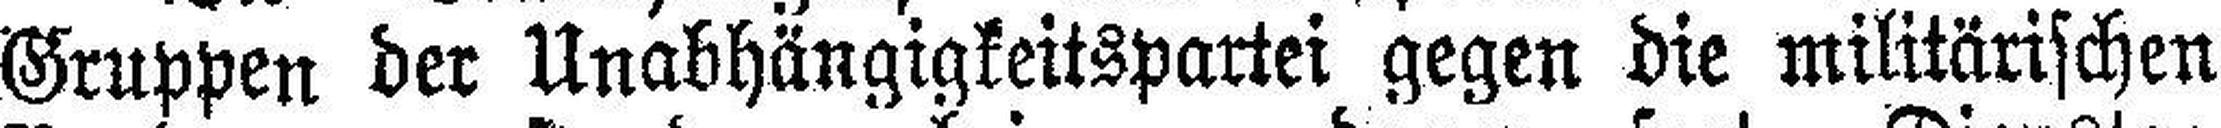
Gruppen der Unabhängigkeitspartei gegen die militärischen